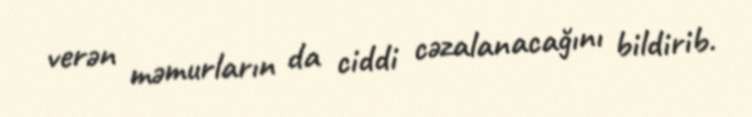
verən məmurların da ciddi cəzalanacağını bildirib.